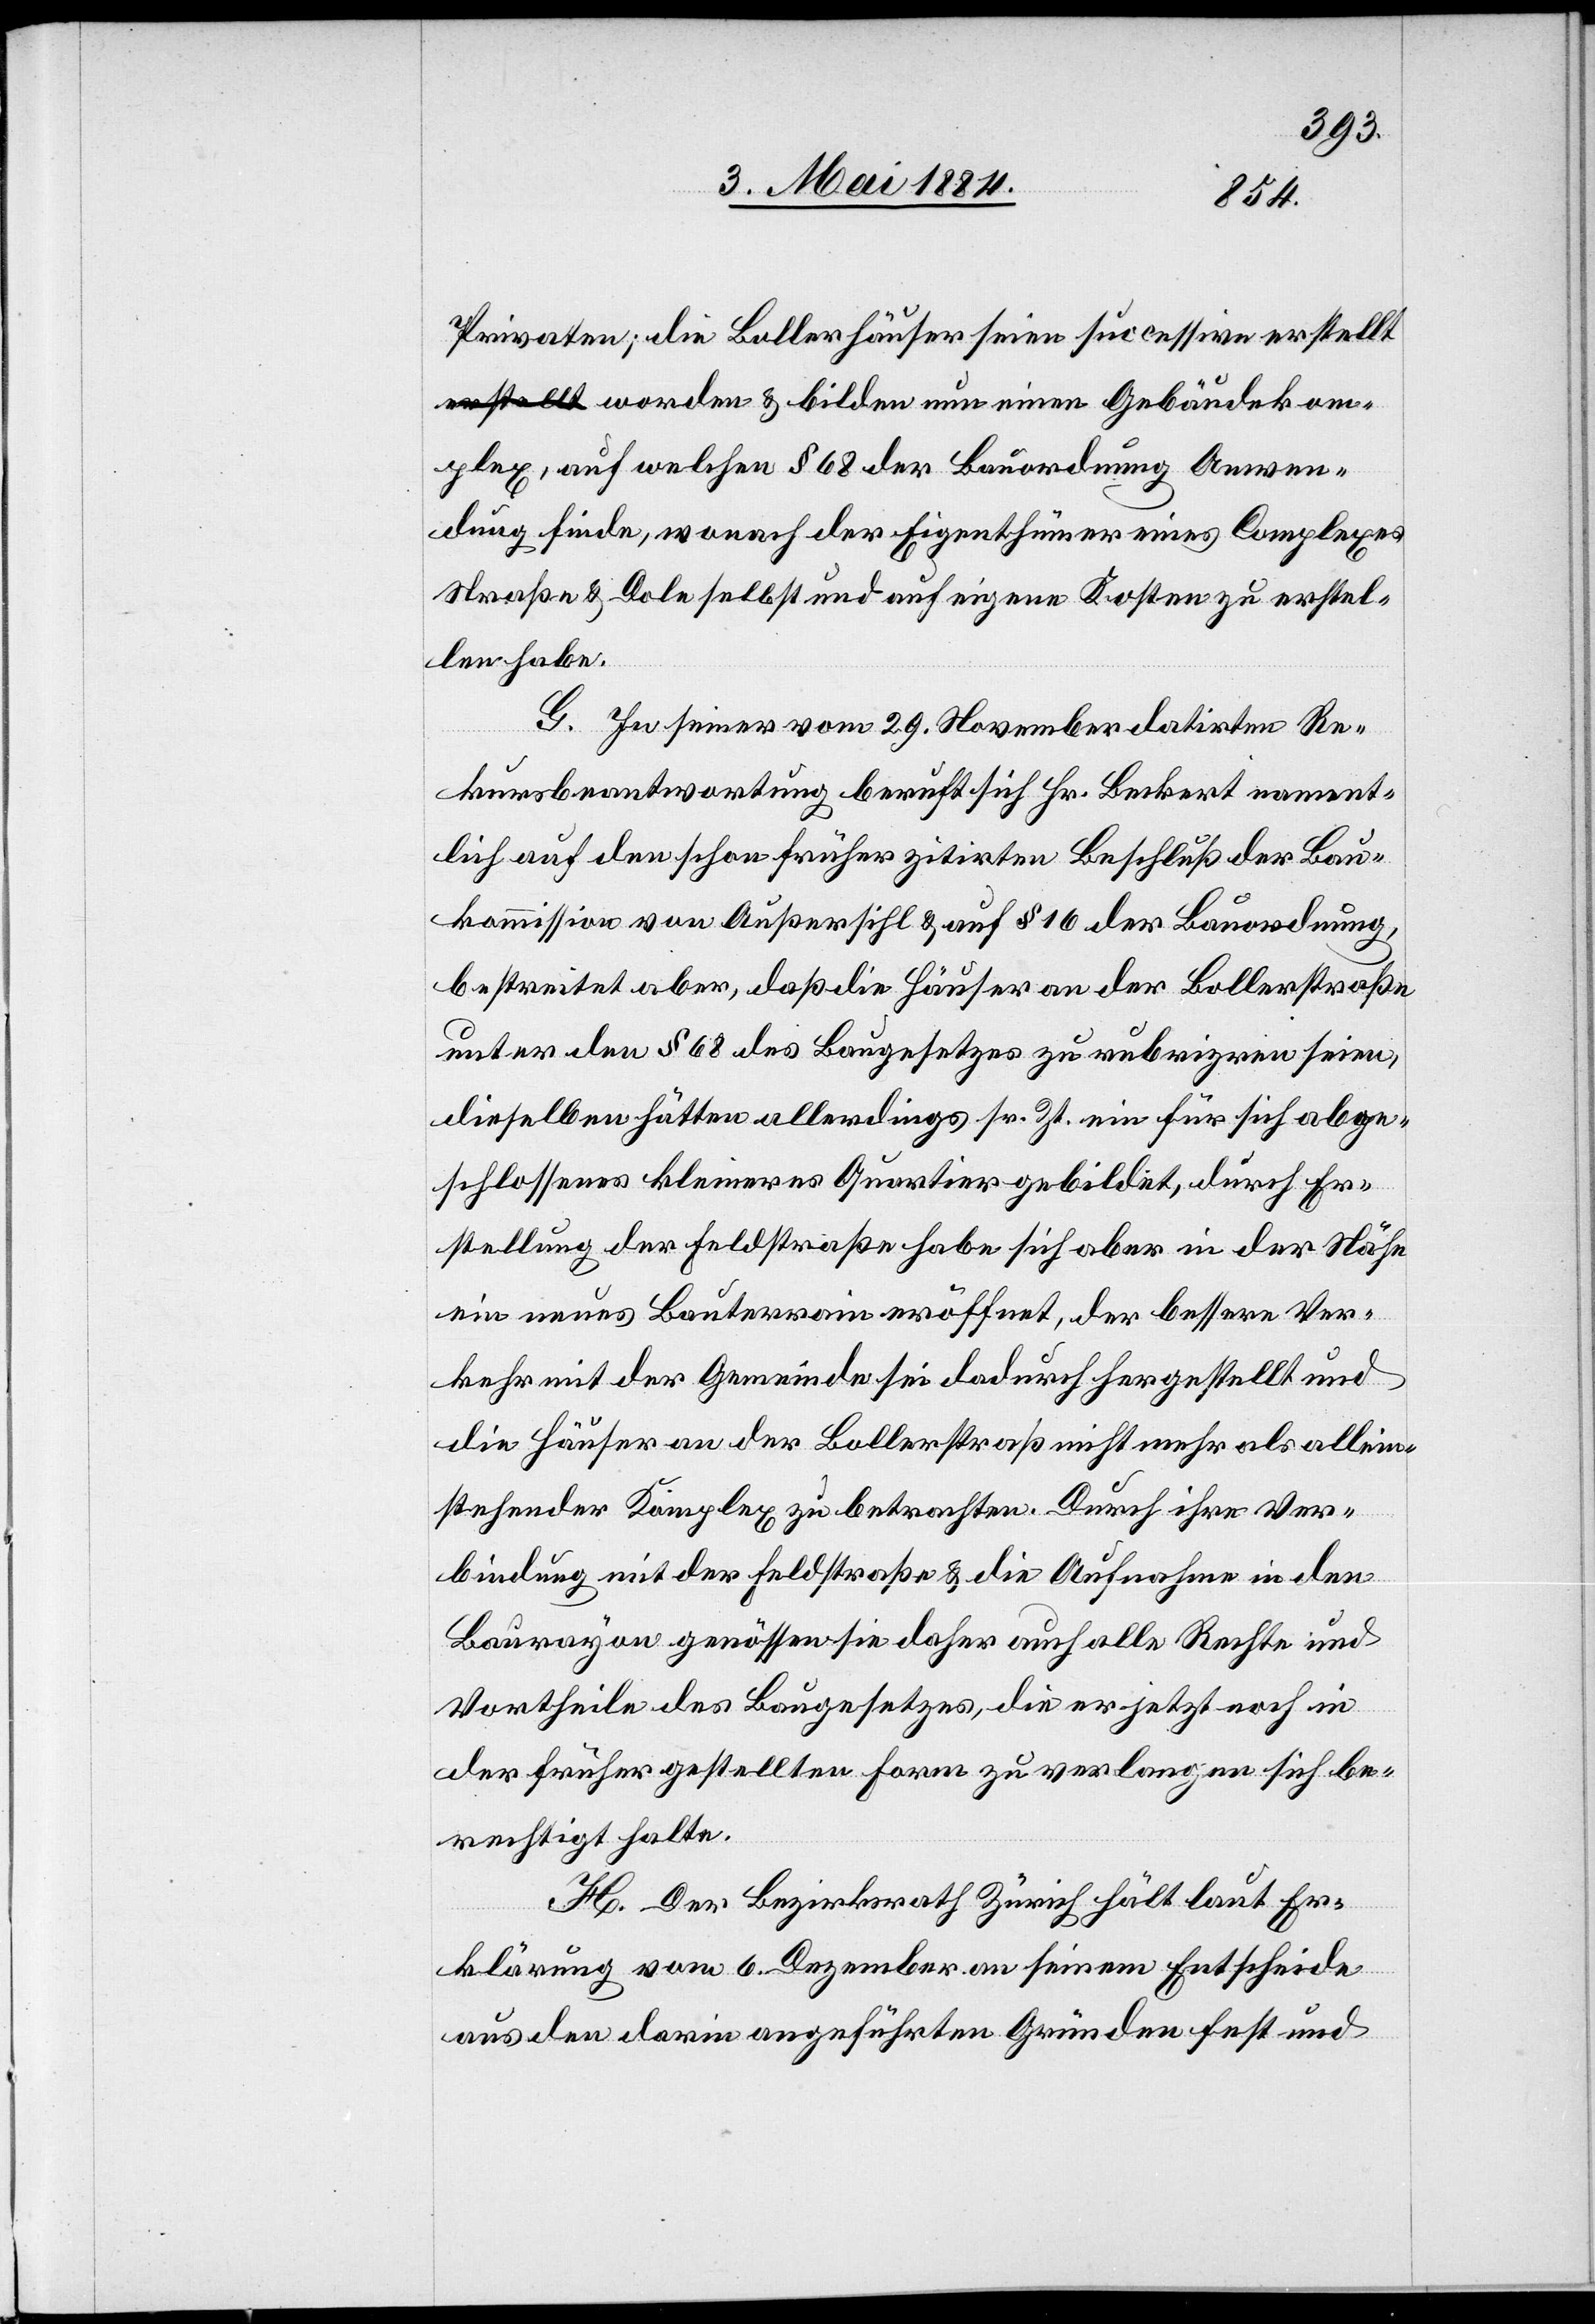
Privaten, die Bollerhäuser seien successive erstell¬
t worden & bilden nun einen Gebäudekom¬
plex, auf welchen § 68 der Bauordnung Anwen¬
dung finde, wonach der Eigenthümer eines Complexes
Straße & Dole selbst und auf eigene Kosten zu erstel¬
len habe.
G. In seiner vom 29. November datirten Re¬
kursbeantwortung beruft sich Hr. Beckert nament¬
lich auf den schon früher zitirten Beschluß der Bau¬
kommission von Außersihl & auf § 16 der Bauordnung,
bestreitet aber, daß die Häuser an der Bollerstraße
unter den § 68 des Baugesetztes zu rubriziren seien,
dieselben hätten allerdings sr. Zt. ein für sich abge¬
schlossenes kleineres Quartier gebildet, durch Er¬
stellung der Feldstraße habe sich aber in der Nähe
ein neues Bauterrain eröffnet, der bessere Ver¬
kehr mit der Gemeinde sei dadurch hergestellt und
die Häuser an der Bollerstraß[e] nicht mehr als allein¬
stehender Komplex zu betrachten. Durch ihre Ver¬
bindung mit der Feldstraße & die Aufnahme in den
Baurayon genössen sie daher auch alle Rechte und
Vortheile des Baugesetzes, die er jetzt noch in
der früher gestellten Form zu verlangen sich be¬
rechtigt halte.
H. Der Bezirksrath Zürich hält laut Er¬
klärung vom 6. Dezember an seinem Entscheide
aus den darin angeführten Gründen fest und